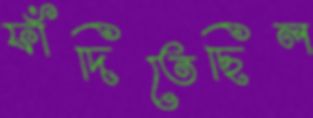
ফাঁদিতেছিল